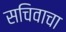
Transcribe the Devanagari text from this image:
सचिवाचा